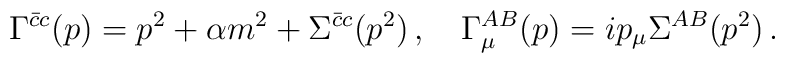
\Gamma^{\bar{c}c}(p) = p^2 + \alpha m^2 + \Sigma^{\bar{c}c}(p^2)\,,\quad\Gamma^{AB}_{\mu}(p) = ip_{\mu} \Sigma^{AB}(p^2)\,.